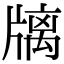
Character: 𤗫